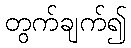
တွက်ချက်၍